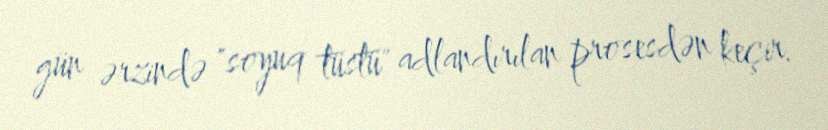
gün ərzində "soyuq tüstü" adlandırılan prosesdən keçir.